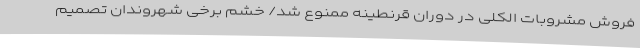
فروش مشروبات الکلی در دوران قرنطینه ممنوع شد/ خشم برخی شهروندان تصمیم